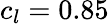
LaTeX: c_{l}=0.85